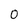
Character: O